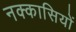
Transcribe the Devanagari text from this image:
नक्‍कासियों